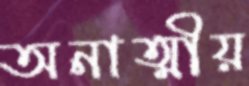
অনাত্মীয়